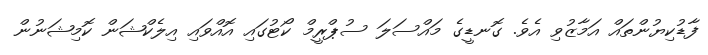
ފާޑުކިޔުންތައް އަމާޒުވި އެވެ. ގޮނޑީގެ މައްސަލަ ސުޕްރީމް ކޯޓުގައި އޮއްވައި އިލެކްޝަން ކޮމިޝަނުން